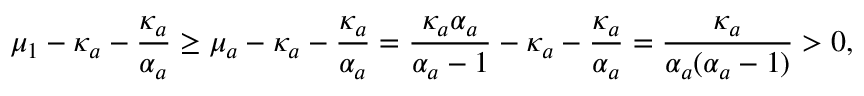
\mu _ { 1 } - \kappa _ { a } - \frac { \kappa _ { a } } { \alpha _ { a } } \geq \mu _ { a } - \kappa _ { a } - \frac { \kappa _ { a } } { \alpha _ { a } } = \frac { \kappa _ { a } \alpha _ { a } } { \alpha _ { a } - 1 } - \kappa _ { a } - \frac { \kappa _ { a } } { \alpha _ { a } } = \frac { \kappa _ { a } } { \alpha _ { a } ( \alpha _ { a } - 1 ) } > 0 ,